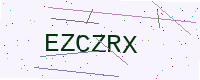
Text: EZCZRX